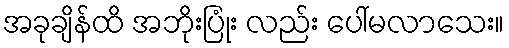
အခုချိန်ထိ အဘိုးပြုံး လည်း ပေါ်မလာသေး။